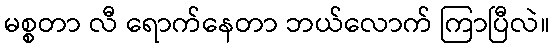
မစ္စတာ လီ ရောက်နေတာ ဘယ်လောက် ကြာပြီလဲ။